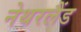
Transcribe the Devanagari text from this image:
नेथरलैंड